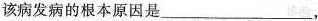
该病发病的根本原因是_________。